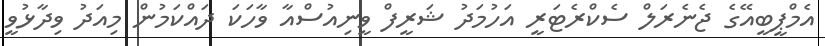
އެމްޕީބީއޭގެ ޖެނެރަލް ސެކްރެޓަރީ އަހުމަދު ޝަރީފް ވީނިއުސްއާ ވާހަކަ ދައްކަމުން މިއަދު ވިދާޅުވީ